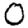
Digit: 0